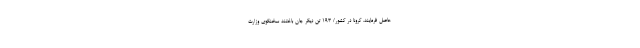
حاصل فرمایند. کرونا در کشور/ ۱۹۳ تن دیگر جان باختند سخنگوی وزارت